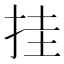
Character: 挂